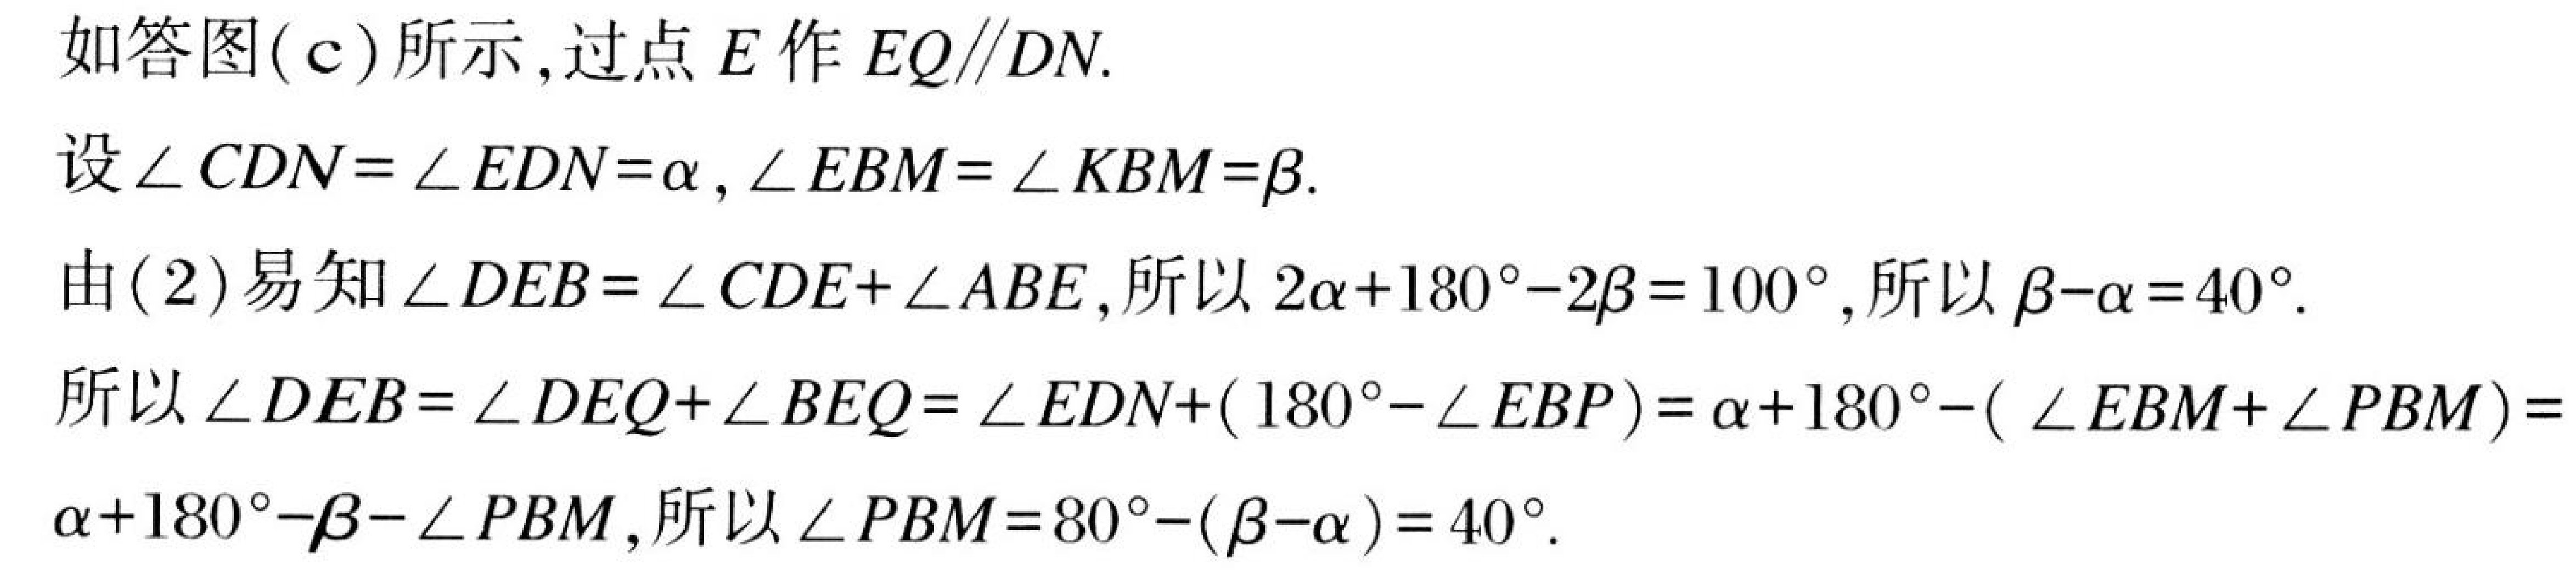
如答图(\(c\))所示, 过点 \(E\) 作 \(EQ\parallel DN\).
设\(\angle CDN=\angle EDN = \alpha\), \(\angle EBM=\angle KBM=\beta\).
由(2)易知\(\angle DEB=\angle CDE+\angle ABE\), 所以 \(2\alpha + 180^{\circ}-2\beta=100^{\circ}\), 所以 \(\beta - \alpha=40^{\circ}\).
所以\(\angle DEB=\angle DEQ+\angle BEQ=\angle EDN+(180^{\circ}-\angle EBP)=\alpha + 180^{\circ}-(\angle EBM+\angle PBM)=\alpha + 180^{\circ}-\beta-\angle PBM\), 所以\(\angle PBM=80^{\circ}-(\beta - \alpha)=40^{\circ}\).